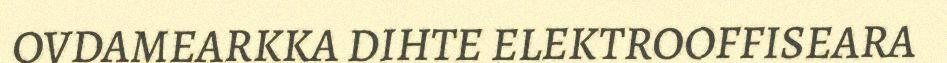
OVDAMEARKKA DIHTE ELEKTROOFFISEARA